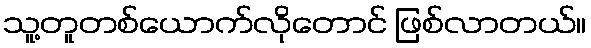
သူ့တူတစ်ယောက်လိုတောင် ဖြစ်လာတယ်။